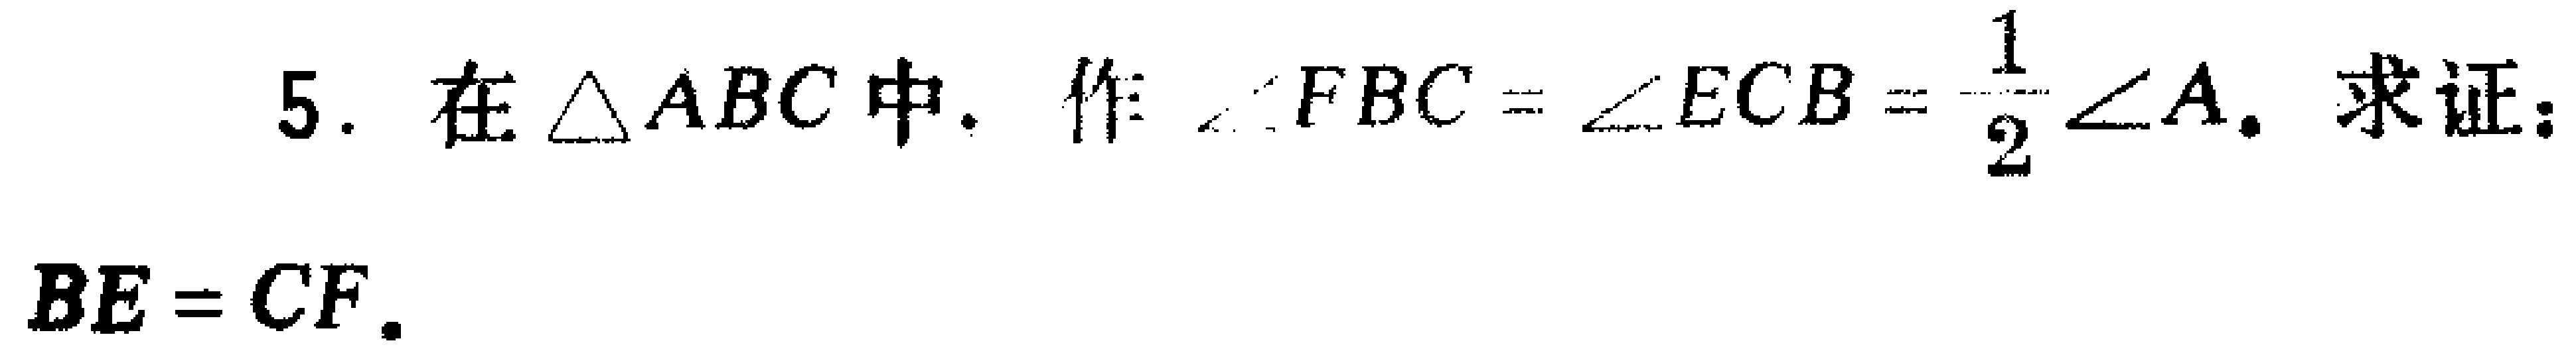
5. 在$\triangle ABC$中，作$\angle FBC = \angle ECB=\frac{1}{2}\angle A$，求证：$BE = CF$。